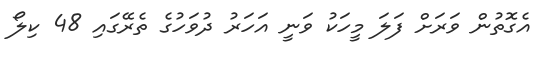
އެގޮތުން ވަރަށް ފަލަ މީހަކު ވަނީ އަހަރު ދުވަހުގެ ތެރޭގައި 48 ކިލޯ